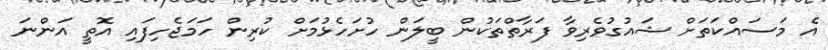
އެ މަސައްކަތަށް ޝައުގުވެރިވާ ފަރާތްތަކުން ބީލަން ހުށަހެޅުމަށް ކުރިން ހަމަޖެހިފައި އޮތީ އަންނަ